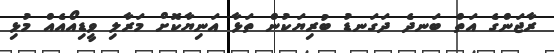
ރާޖަންގެ އަތް ބަނދެ ދަގަނޑު ބުރިޔަކުން ތަޅާ އަނިޔާކޮށް މަރާލި ވީޑިއޯއެއް މުޅި